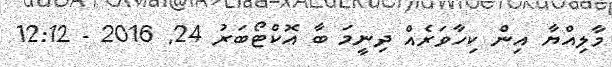
މާލިއްޔާ އިން ކިހާވަރެއް ދިނީމަ ބާ އޮކްޓޯބަރު 24